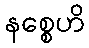
နစ္စေဟိ